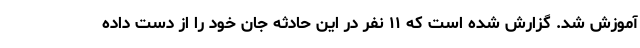
آموزش شد. گزارش شده است که ۱۱ نفر در این حادثه جان خود را از دست داده‌